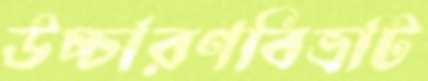
উচ্চারণবিভ্রাট